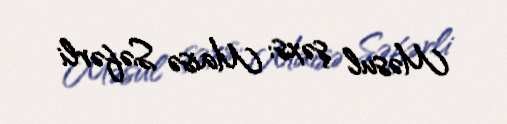
Məsul şəxs: Maisə Səfərli